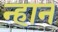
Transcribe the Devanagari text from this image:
न्हान